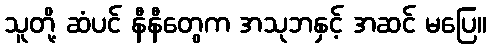
သူတို့ ဆံပင် နီနီတွေက အသုဘနှင့် အဆင် မပြေ။